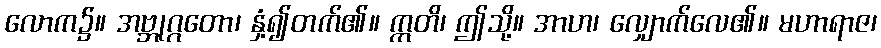
လောက၌။ အဗ္ဘုဂ္ဂတော၊ နှံ့၍တက်၏။ ဣတိ၊ ဤသို့။ အာဟ၊ လျှောက်လေ၏။ မဟာရာဇ၊